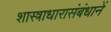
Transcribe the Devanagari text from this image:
शास्त्राधारासंबंधानें